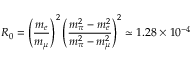
R _ { 0 } = \left( { \frac { m _ { e } } { m _ { \mu } } } \right) ^ { 2 } \left( { \frac { m _ { \pi } ^ { 2 } - m _ { e } ^ { 2 } } { m _ { \pi } ^ { 2 } - m _ { \mu } ^ { 2 } } } \right) ^ { 2 } \simeq 1 . 2 8 \times 1 0 ^ { - 4 }